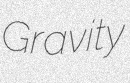
Gravity